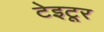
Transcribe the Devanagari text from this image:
टेइटूर